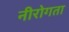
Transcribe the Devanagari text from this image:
नीरोगता